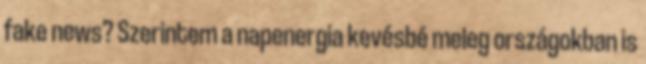
fake news? Szerintem a napenergia kevésbé meleg országokban is